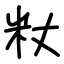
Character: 粀